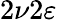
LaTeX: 2\nu 2\varepsilon